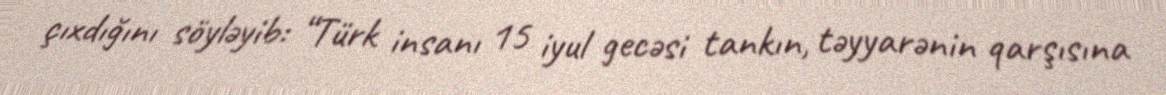
çıxdığını söyləyib: “Türk insanı 15 iyul gecəsi tankın, təyyarənin qarşısına